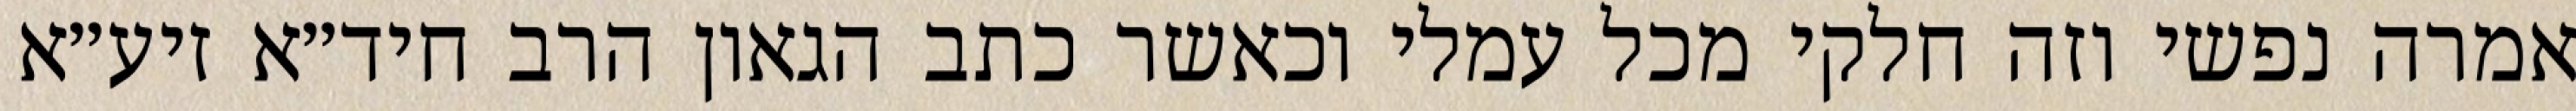
אמרה נפשי וזה חלקי מכל עמלי וכאשר כתב הגאון הרב חיד״א זיע״א